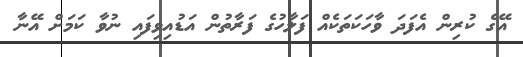
އޭގެ ކުރިން އެފަދަ ވާހަކަތަކެއް ފަލާހުގެ ފަރާތުން އަޑުއިވިފައި ނުވާ ކަމަށް އޭނާ